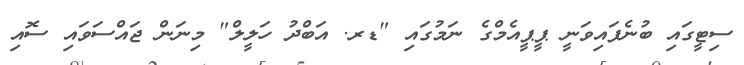
ސިޓީގައި ބުނެފައިވަނީ ޕީޕީއެމްގެ ނަމުގައި "ޑރ. އަބްދު ހަލީލް" މިނަން ޖައްސަވައި ސޮއި